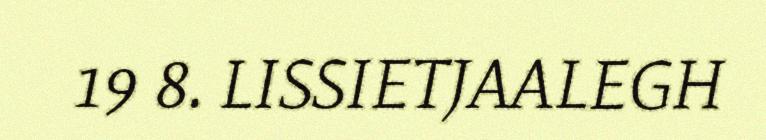
19 8. LISSIETJAALEGH